system: You are a helpful assistant.
user:
Analyze the provided spectrum to determine if it is a **Carbon Star (C-type)**.

- **Key Visual Indicators of Carbon Star:**
    - **(Primary):** Strong molecular absorption from **C₂ (diatomic carbon) "Swan Bands."** This is the **defining feature** of a carbon star.
        - **(Key Bandheads):** Sharp absorption edges are visible at approximately $5635$ Å, $5165$ Å (the strongest band), and $4737$ Å.
        - **(Line Profile):** Creates a distinct **"saw-tooth"** pattern. The key morphology is a sharp, steep bandhead on the **red (long-wavelength) side**, which then gradually tapers off (i.e., flux recovers) towards the **blue (short-wavelength) side**. *(This is the direct opposite of the TiO bands seen in M-type stars)*.

    - **(Secondary):** Intense **CN (cyanogen)** molecular absorption bands.
        - **(Key Bandheads):** Located in the blue and violet regions of the spectrum (e.g., near $4215$ Å and $3883$ Å).
        - **(Morphology):** These bands are extremely broad and act as a "blanket," absorbing the vast majority of blue and violet light. This creates a characteristic **"cliff"** or **"steep drop-off"** in the spectrum's flux at short wavelengths.

    - **(Key Confirmation):** Strong **CH absorption band (G-band)**.
        - **(Key Bandhead):** Located around $4300$ Å. The contribution from CH molecules to this band is exceptionally strong.

    - **(Overall Spectrum):**
        - The continuum is severely "chopped up" by these deep molecular bands, especially C₂, rather than appearing as a smooth curve.
        - Due to the heavy CN and C₂ absorption in the blue-green, the vast majority of the star's flux is concentrated in the red part of the spectrum, giving the star its characteristic deep red color.

Think first, call **spectral_visualization_tool** if needed to examine features in detail, then provide your final answer. Your response must adhere to the following strict rules:
1.  **Overall Structure:** Your response must follow the format `<think>...</think> <tool_call>...</tool_call> (if a tool is used) <answer>...</answer>`.
2.  **Tool Usage Constraint:** You may only make **one** tool call per turn.
3.  **Final Answer Format:** In the `<answer>` tag, your conclusion must be inside a `\boxed{}` command (e.g., `\boxed{YES}`), followed by your justification.

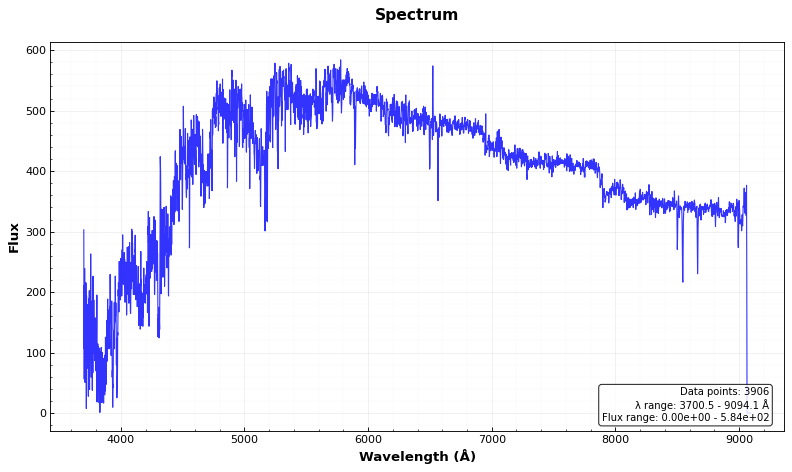
Answer: YES